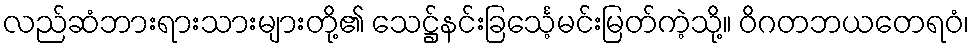
လည်ဆံဘားရားသားများတို့၏ သေဋ္ဌ်နင်းခြင်္သေ့မင်းမြတ်ကဲ့သို့။ ဝိဂတဘယတေရဝံ၊